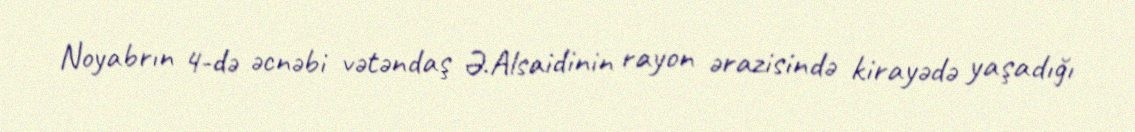
Noyabrın 4-də əcnəbi vətəndaş Ə.Alsaidinin rayon ərazisində kirayədə yaşadığı